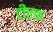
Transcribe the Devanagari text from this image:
टीएफ